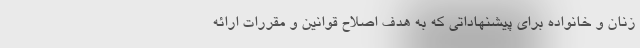
زنان و خانواده برای پیشنهاداتی که به هدف اصلاح قوانین و مقررات ارائه